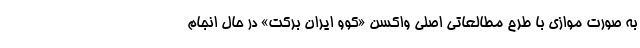
به صورت موازی با طرح مطالعاتی اصلی واکسن «کوو ایران برکت» در حال انجام